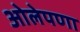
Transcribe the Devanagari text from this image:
ओलेपणा